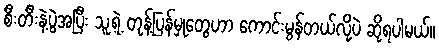
စီးတီးနဲ့ပွဲအပြီး သူ့ရဲ့ တုန့်ပြန်မှုတွေဟာ ကောင်းမွန်တယ်လို့ပဲ ဆိုရပါမယ်။